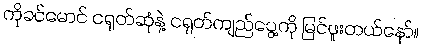
ကိုခင်မောင် ငရုတ်ဆုံနဲ့ ငရုတ်ကျည်ပွေ့ကို မြင်ဖူးတယ်နော်။